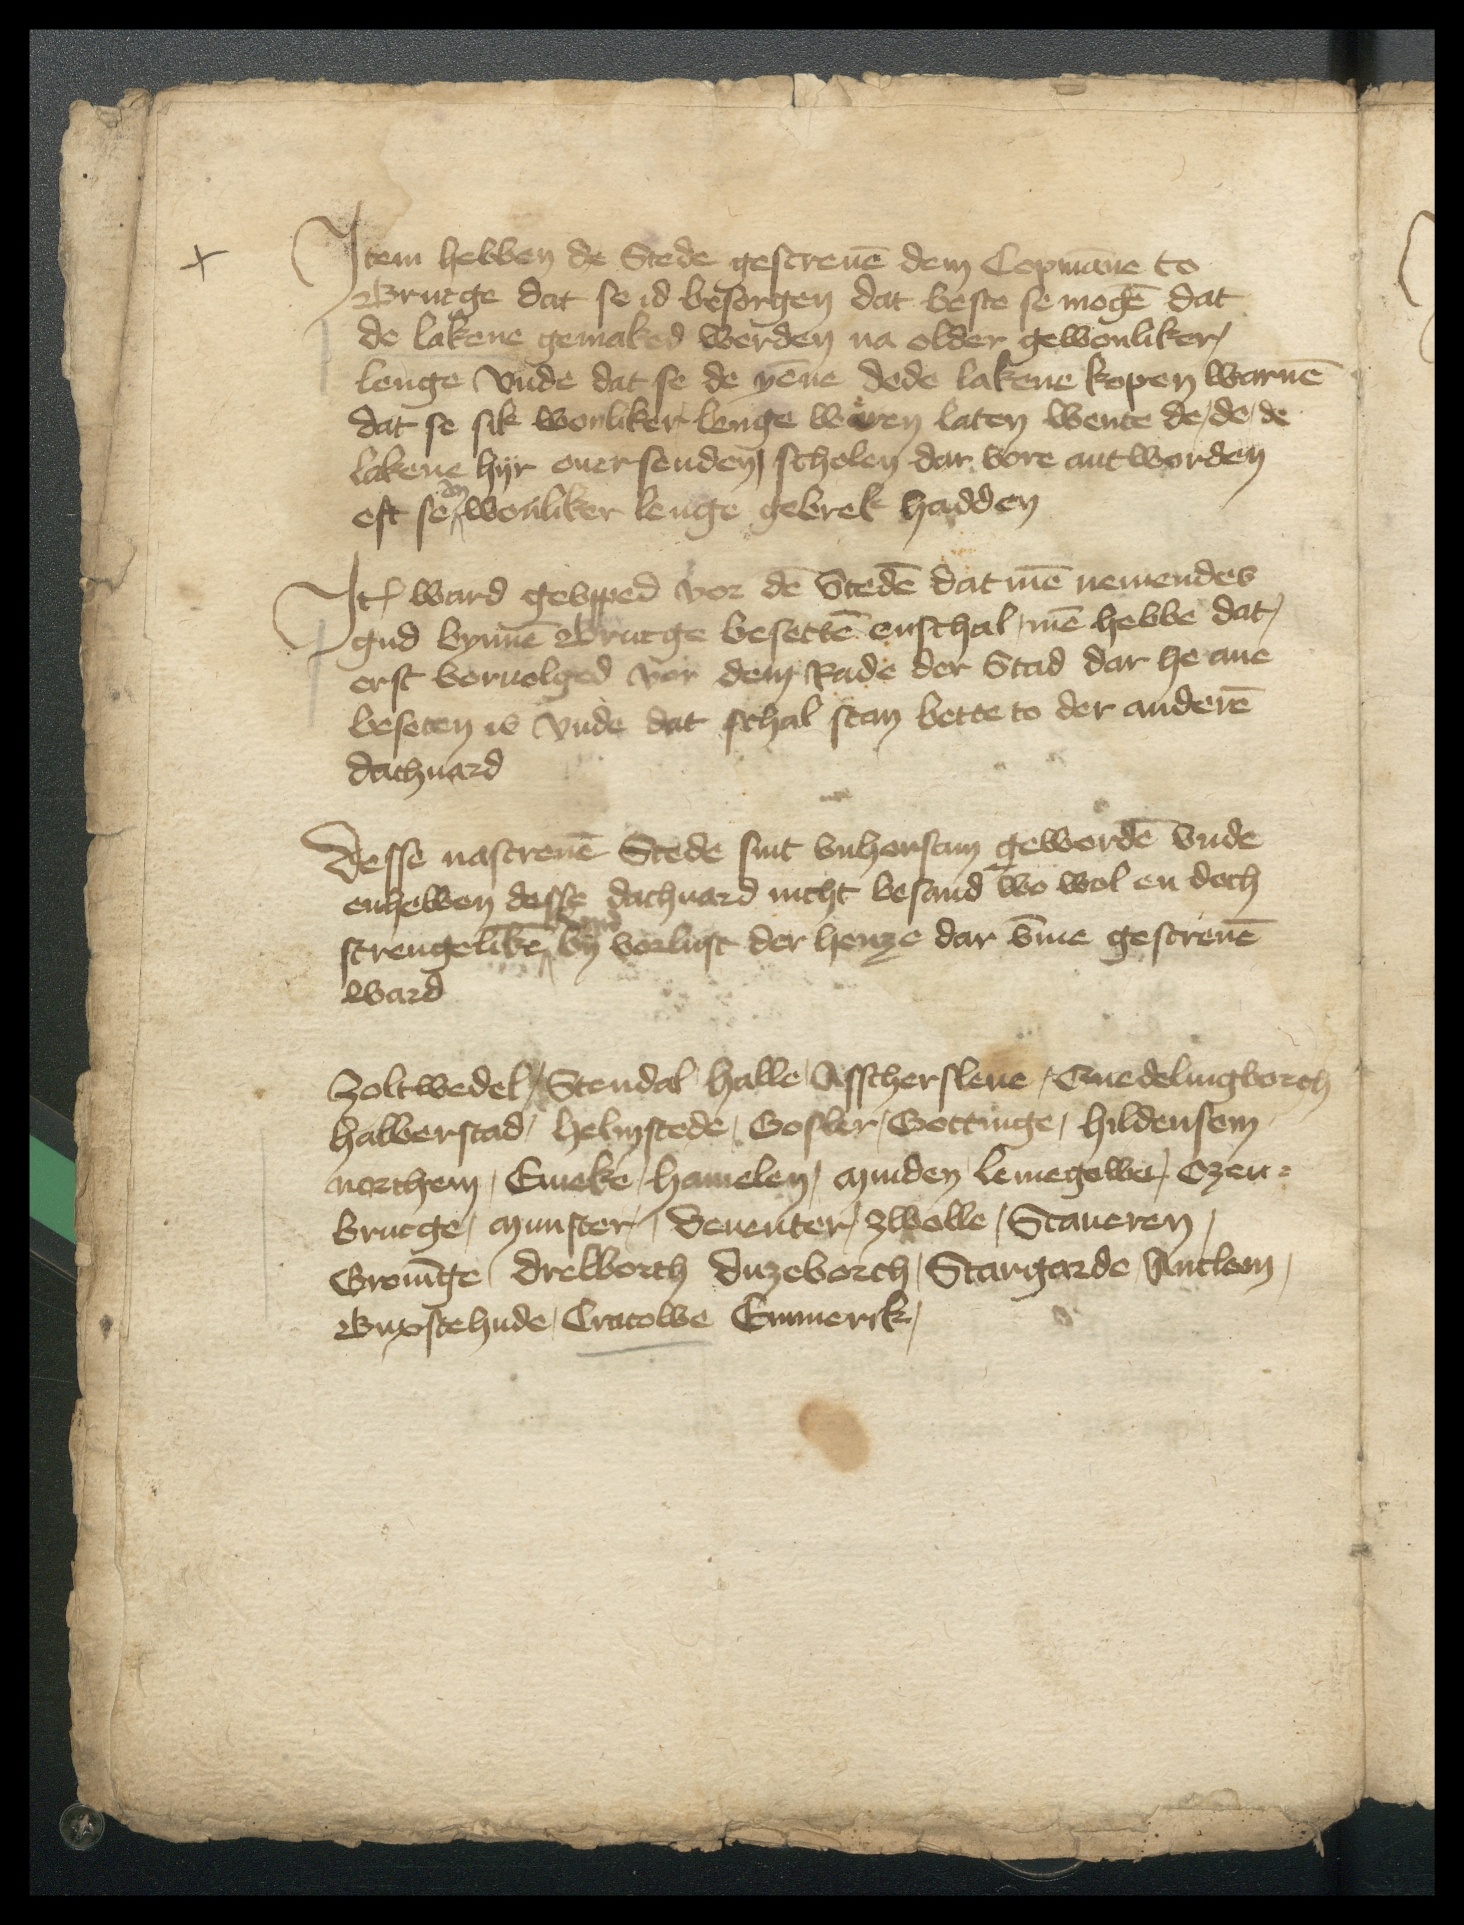
Jtem hebben de Stede gescreuen dem Copmanne to
Brucge dat se id besorgen dat beste se mogen dat
de lakene gemaked werden na older gewonliker
lenge vnde dat se de yenne dede lakene kopen warnen
dat se sik wonliker lenge waren laten wente de de de
lakene hyr ouersenden, scholen dar vore antworden
eft se an wonliker lenge gebrek hadden

Jtem ward gevpped vor den Steden dat men nemendes
gud bynnen Brucge besetten enschal, men hebbe dat,
erst voruolged vor dem Rade der Stad dar he ane
beseten is vnde dat schal stan bette to der anderen
dachuard

Desse nascreuen Stede sint vnhorsam geworden vnde
enhebben desse dachuard nicht besand wo wol en doch
strengeliken vnd by vorlust der henze dar vmme gescreuen
ward

Zoltwedel, Stendal Halle, Asschersleue, Quedelingborch
Halberstad, Helmstede, Gosler, Gottinge, Hildensem
Northem, Emeke, Hamelen, Minden, Lemegower Ozen¬
Brucge, Munster, Deuenter, Zwolle, Staueren,
Groninge Drelborch Duzeborch, Stargarde, Anclem,
Buxtehude, Cracowe, Emmerik,